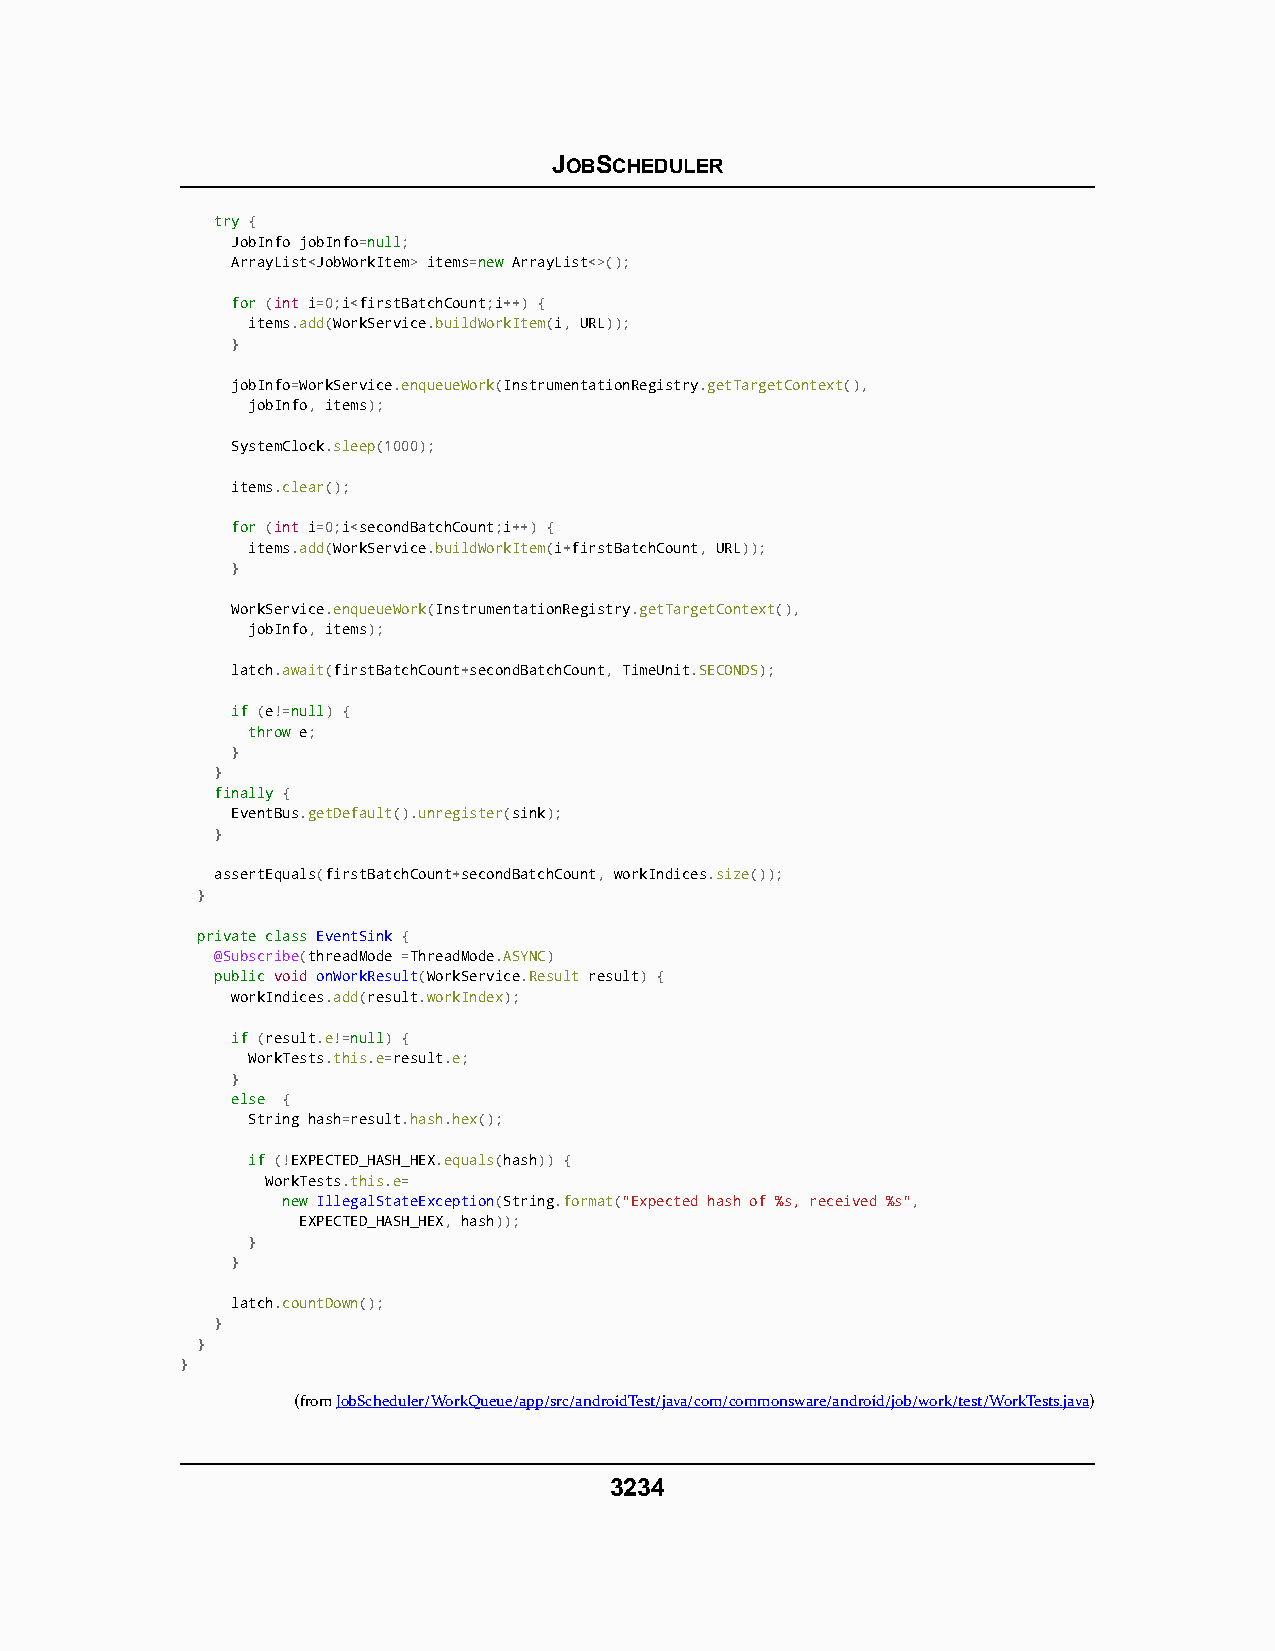
JOBSCHEDULER
 ttrryy {
 JobInfo jobInfo=nnuullll;
 ArrayList<JobWorkItem> items=nneeww ArrayList<>();
 ffoorr (int i=0;i<firstBatchCount;i++) {
 items.add(WorkService.buildWorkItem(i, URL));
 }
 jobInfo=WorkService.enqueueWork(InstrumentationRegistry.getTargetContext(),
 jobInfo, items);
 SystemClock.sleep(1000);
 items.clear();
 ffoorr (int i=0;i<secondBatchCount;i++) {
 items.add(WorkService.buildWorkItem(i+firstBatchCount, URL));
 }
 WorkService.enqueueWork(InstrumentationRegistry.getTargetContext(),
 jobInfo, items);
 latch.await(firstBatchCount+secondBatchCount, TimeUnit.SECONDS);
 iiff (e!=nnuullll) {
 tthhrrooww e;
 }
 }
 ffiinnaallllyy {
 EventBus.getDefault().unregister(sink);
 }
 assertEquals(firstBatchCount+secondBatchCount, workIndices.size());
 }
 pprriivvaattee ccllaassss EEvveennttSSiinnkk {
 @Subscribe(threadMode =ThreadMode.ASYNC)
 ppuubblliicc void onWorkResult(WorkService.Result result) {
 workIndices.add(result.workIndex);
 iiff (result.e!=nnuullll) {
 WorkTests.this.e=result.e;
 }
 eellssee {
 String hash=result.hash.hex();
 iiff (!EXPECTED_HASH_HEX.equals(hash)) {
 WorkTests.this.e=
 nneeww IllegalStateException(String.format("Expected hash of %s, received %s",
 EXPECTED_HASH_HEX, hash));
 }
 }
 latch.countDown();
 }
 }
 }
 (fromJobScheduler/WorkQueue/app/src/androidTest/java/com/commonsware/android/job/work/test/WorkTests.java)
 3234